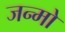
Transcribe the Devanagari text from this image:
जन्मो